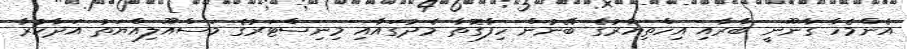
އެންމެހާ ގާނޫނީ ބާރާއި އިހްތިޔާރުގެ ބޭނުން ހިފާގޮތާ މެދުގައާއި މިނިސްޓަރުގެ މަސްއޫލިއްޔަތު އަދާކުރާ